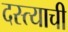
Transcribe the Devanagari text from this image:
दस्त्याची